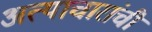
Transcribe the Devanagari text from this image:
अत्याचारांची